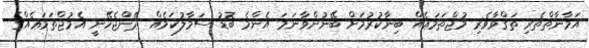
އަމާނާތްތެރި ތަޤްވާވެރި މުޖްތަމަޢެއް ބިނާކުރުމަށް ބޭނުންވާނަމަ އެންމެ ބޮޑު ސަމާލުކަމެއް ދޭންޖެހޭނީ އެމުޖްތަމަޢެއްގެ